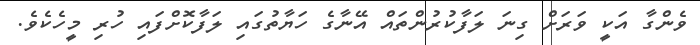
ވެންގާ އަކީ ވަރަށް ގިނަ ލަފާކުރުންތައް އޭނާގެ ހަޔާތުގައި ލަފާކޮށްފައި ހުރި މީހެކެވެ.